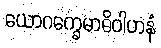
ယောဂက္ခေမာဓိဝါဟနံ